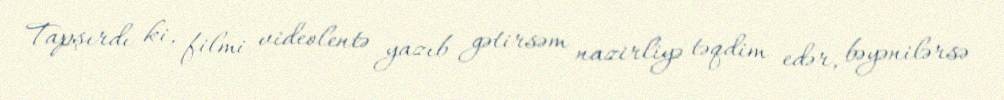
Tapşırdı ki, filmi videolentə yazıb gətirsəm nazirliyə təqdim edər, bəyənilərsə